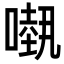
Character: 𠾁